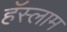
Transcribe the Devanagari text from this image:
हॅस्लाम